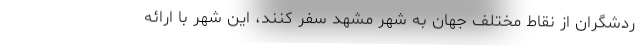
ردشگران از نقاط مختلف جهان به شهر مشهد سفر کنند، این شهر با ارائه